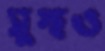
সুস্থও